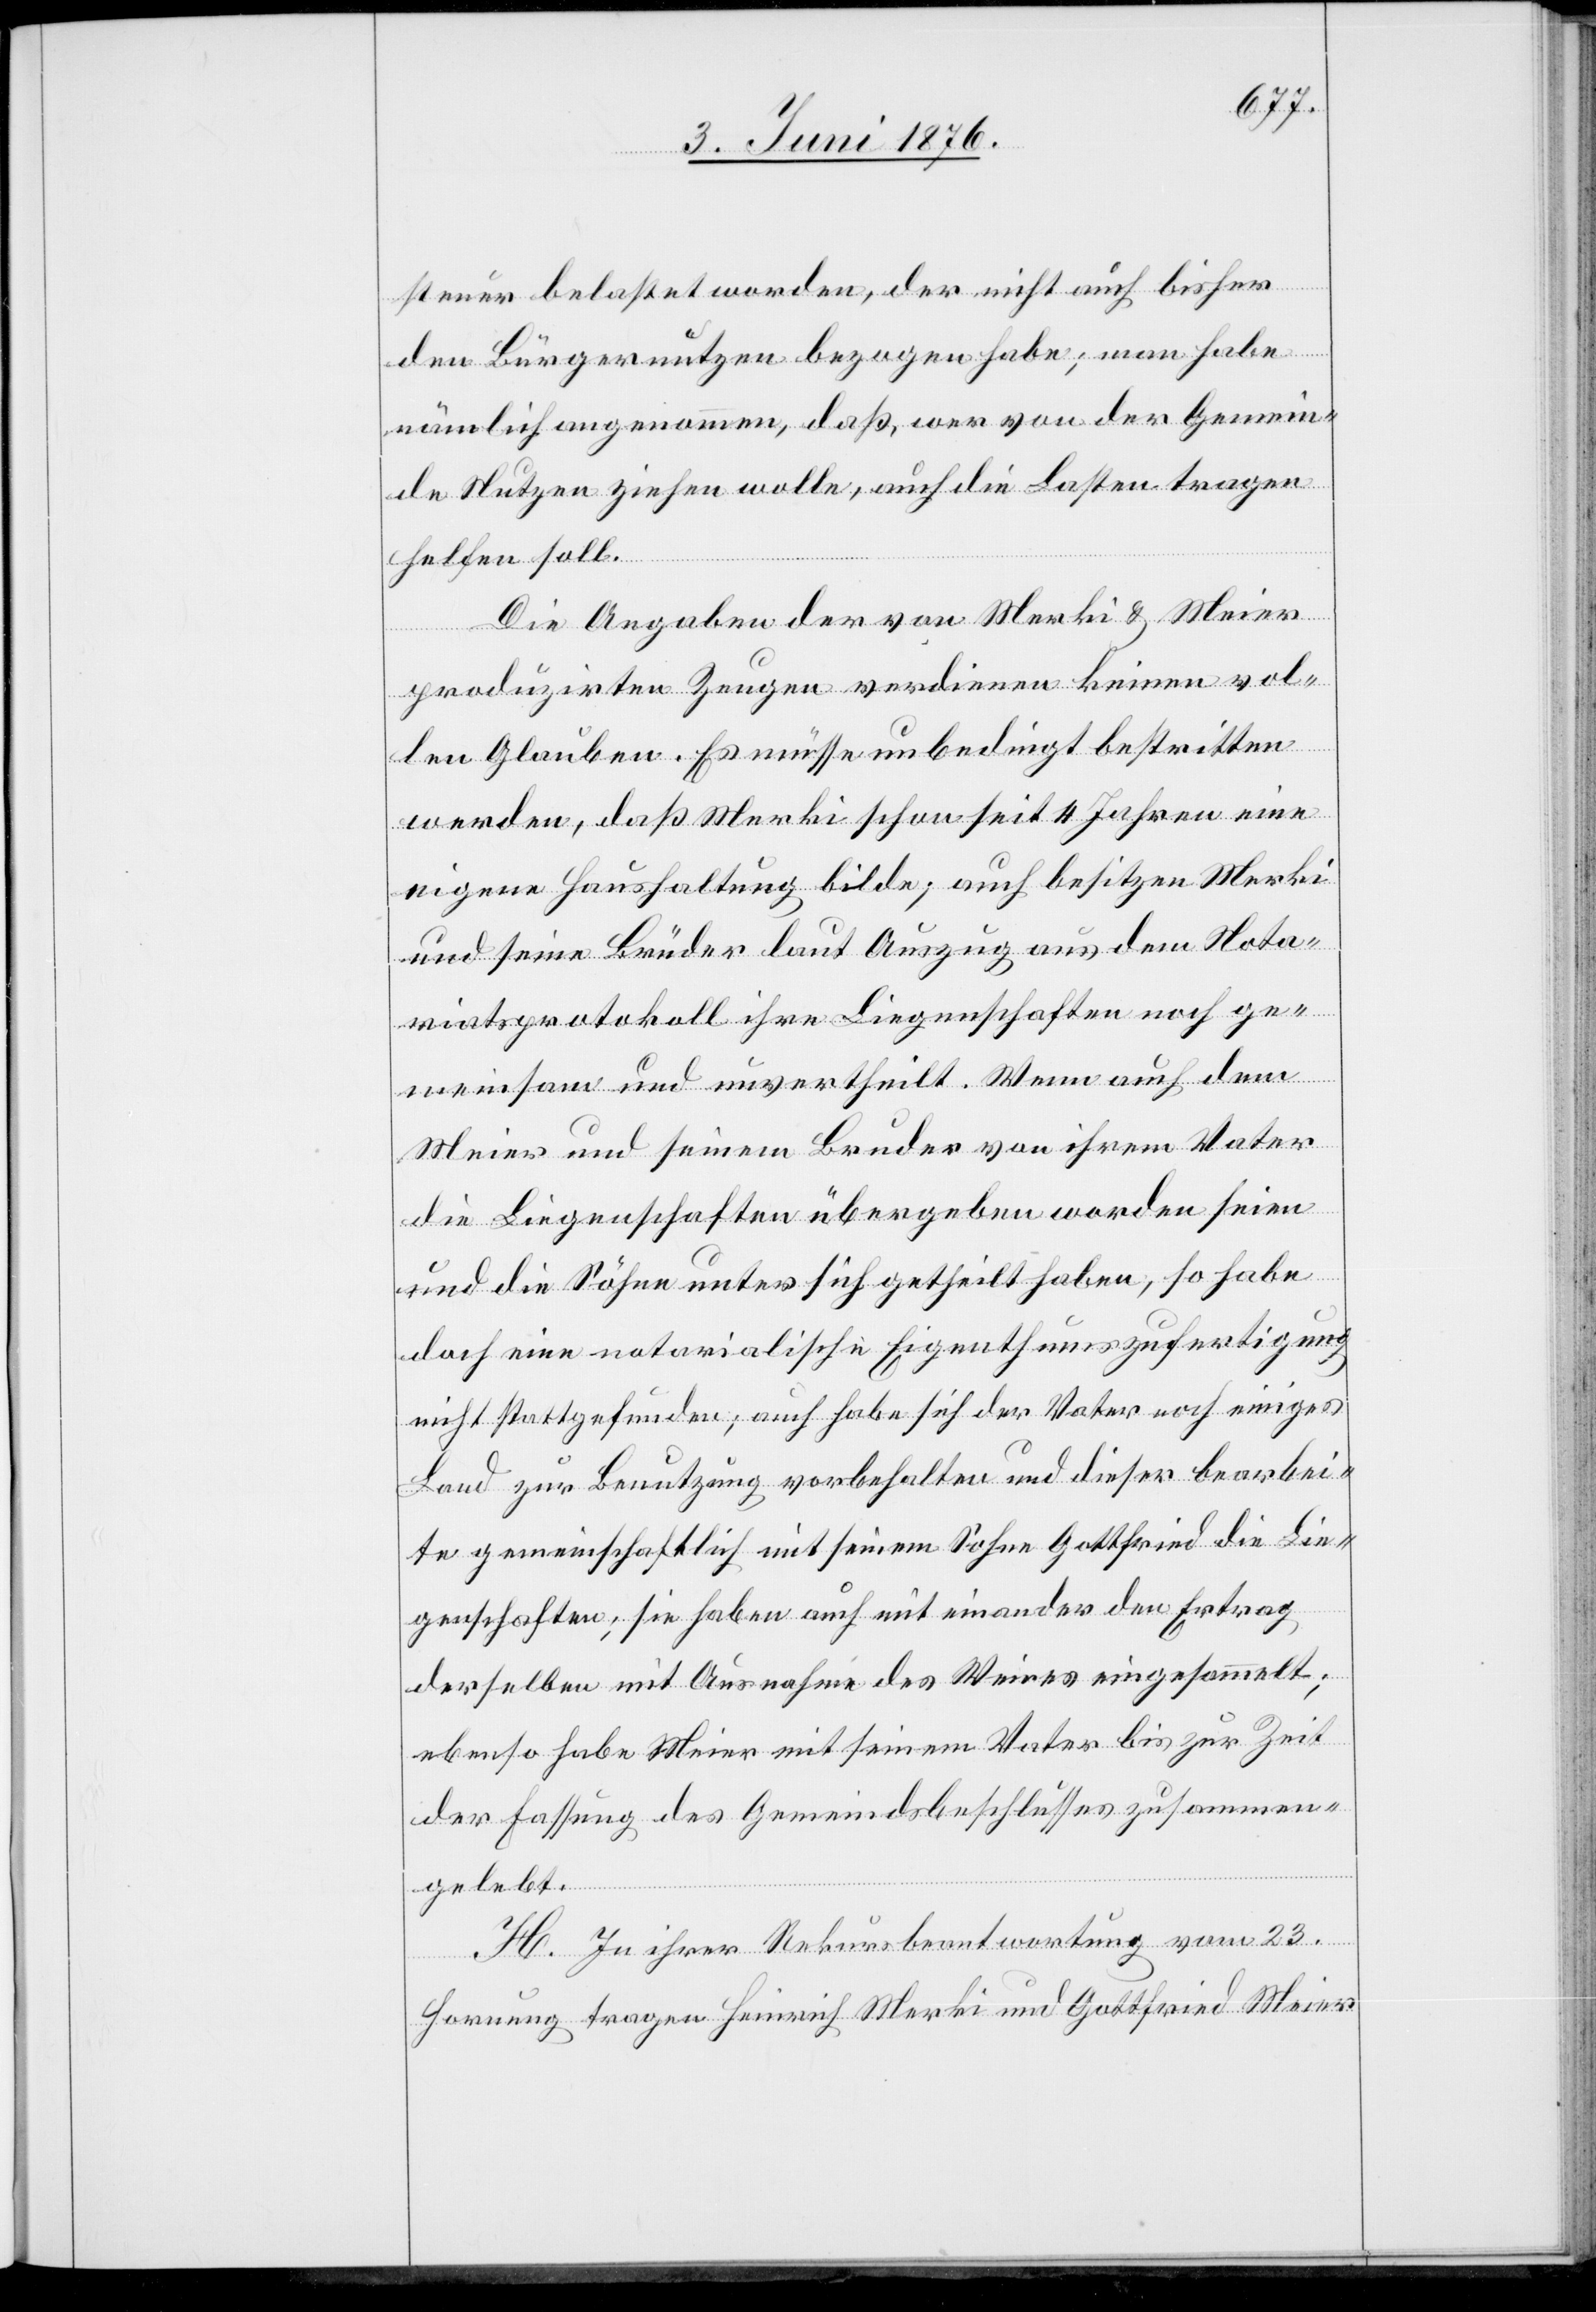
steuer belastet worden, der nicht auch bisher
den Bürgernutzen bezogen habe; man habe
nämlich angenommen, das, wer von der Gemein¬
de Nutzen ziehen wolle, auch die Lasten tragen
helfen soll.
Die Angaben der von Merki & Meier
produzirten Zeugen verdienen keinen vol¬
len Glauben. Es müsse unbedingt bestritten
werden, das Merki schon seit 4 Jahren eine
eigene Haushaltung bilde; auch besitzen Merki
und seine Brüder laut Auszug aus dem Nota¬
riatsprotokoll ihre Liegenschaften noch ge¬
meinsam und unvertheilt. Wenn auch dem
Meier und seinem Bruder von ihrem Vater
die Liegenschaften übergeben worden seien
und die Söhne unter sich getheilt haben, so habe
doch eine notarialische Eigenthumszufertigung
nicht stattgefunden; auch habe sich der Vater noch einiges
Land zur Benutzung vorbehalten und dieser bearbei¬
te gemeinschaftlich mit seinem Sohne Gottfried die Lie¬
genschaften; sie haben auch mit einander den Ertrag
derselben mit Ausnahme des Weiers eingesammelt;
ebenso habe Meier mit seinem Vater bis zur Zeit
der Fassung des Gemeindsbeschlusses zusammen¬
gelebt.
H. In ihrer Rekursbeantwortung vom 23.
Hornung tragen Heinrich Merki und Gottfried Meier